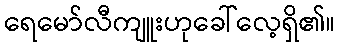
ရေမော်လီကျူးဟုခေါ်လေ့ရှိ၏။